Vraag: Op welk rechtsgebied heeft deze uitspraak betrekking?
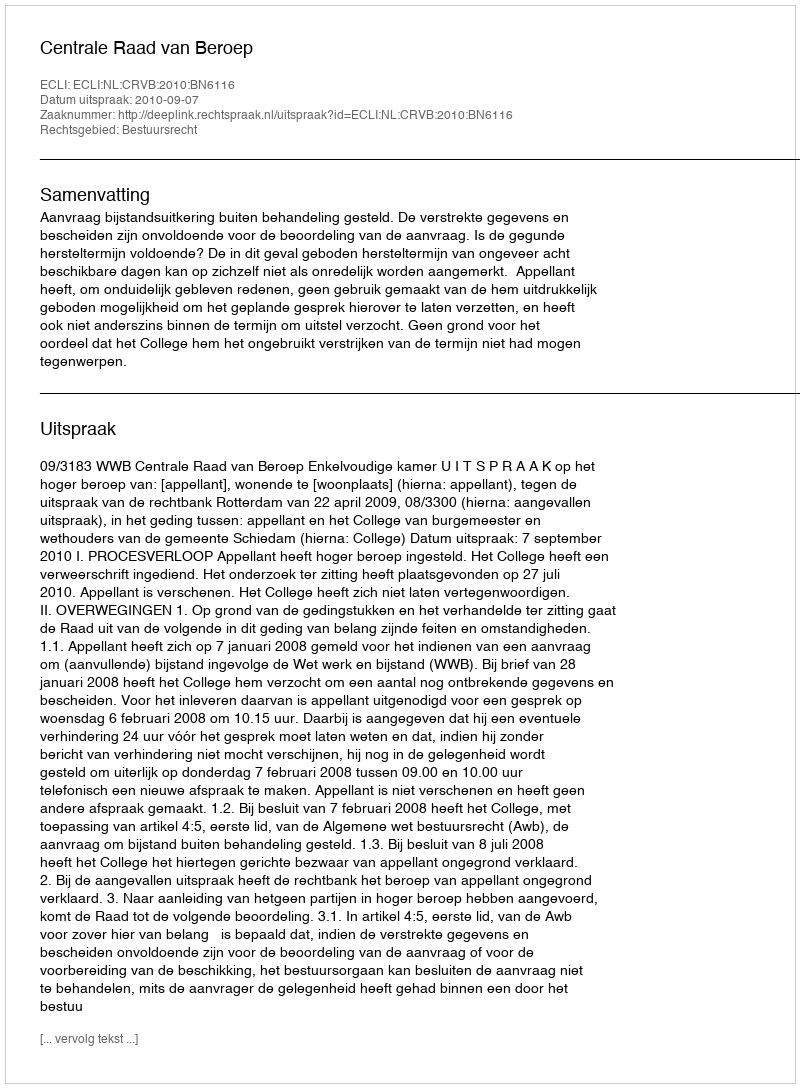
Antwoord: Bestuursrecht